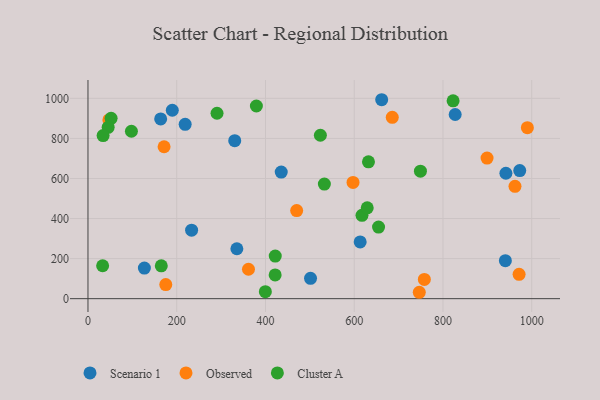
{"axis": {"x": "Distance", "y": "Rating"}, "legend": ["Cluster A", "Observed", "Scenario 1"], "data": [{"x": "613.4", "y": 283.4, "type": "Scenario 1"}, {"x": "163.8", "y": 897.2, "type": "Scenario 1"}, {"x": "661.9", "y": 993.1, "type": "Scenario 1"}, {"x": "827.5", "y": 919.4, "type": "Scenario 1"}, {"x": "127.1", "y": 152.7, "type": "Scenario 1"}, {"x": "973.0", "y": 639.2, "type": "Scenario 1"}, {"x": "335.5", "y": 249.2, "type": "Scenario 1"}, {"x": "435.5", "y": 632.0, "type": "Scenario 1"}, {"x": "190.0", "y": 940.5, "type": "Scenario 1"}, {"x": "233.5", "y": 342.0, "type": "Scenario 1"}, {"x": "501.5", "y": 101.6, "type": "Scenario 1"}, {"x": "330.7", "y": 788.9, "type": "Scenario 1"}, {"x": "941.8", "y": 626.0, "type": "Scenario 1"}, {"x": "219.0", "y": 870.2, "type": "Scenario 1"}, {"x": "940.6", "y": 189.6, "type": "Scenario 1"}, {"x": "171.5", "y": 758.4, "type": "Observed"}, {"x": "47.1", "y": 892.1, "type": "Observed"}, {"x": "175.3", "y": 70.3, "type": "Observed"}, {"x": "597.3", "y": 580.2, "type": "Observed"}, {"x": "899.3", "y": 702.0, "type": "Observed"}, {"x": "685.7", "y": 905.4, "type": "Observed"}, {"x": "361.7", "y": 146.8, "type": "Observed"}, {"x": "990.2", "y": 853.8, "type": "Observed"}, {"x": "758.0", "y": 95.8, "type": "Observed"}, {"x": "962.3", "y": 560.8, "type": "Observed"}, {"x": "470.3", "y": 439.7, "type": "Observed"}, {"x": "746.6", "y": 31.9, "type": "Observed"}, {"x": "971.5", "y": 121.4, "type": "Observed"}, {"x": "422.0", "y": 212.6, "type": "Cluster A"}, {"x": "165.2", "y": 163.7, "type": "Cluster A"}, {"x": "52.1", "y": 900.1, "type": "Cluster A"}, {"x": "617.5", "y": 415.8, "type": "Cluster A"}, {"x": "45.5", "y": 855.5, "type": "Cluster A"}, {"x": "629.3", "y": 453.7, "type": "Cluster A"}, {"x": "822.8", "y": 987.6, "type": "Cluster A"}, {"x": "33.0", "y": 164.2, "type": "Cluster A"}, {"x": "290.8", "y": 925.6, "type": "Cluster A"}, {"x": "379.5", "y": 961.9, "type": "Cluster A"}, {"x": "421.8", "y": 118.6, "type": "Cluster A"}, {"x": "399.7", "y": 35.0, "type": "Cluster A"}, {"x": "749.2", "y": 636.2, "type": "Cluster A"}, {"x": "532.7", "y": 571.9, "type": "Cluster A"}, {"x": "654.8", "y": 357.2, "type": "Cluster A"}, {"x": "523.7", "y": 815.7, "type": "Cluster A"}, {"x": "632.1", "y": 683.3, "type": "Cluster A"}, {"x": "97.9", "y": 835.8, "type": "Cluster A"}, {"x": "34.1", "y": 814.0, "type": "Cluster A"}]}